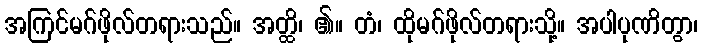
အကြင်မဂ်ဖိုလ်တရားသည်။ အတ္ထိ၊ ၏။ တံ၊ ထိုမဂ်ဖိုလ်တရားသို့။ အပါပုဏိတွာ၊